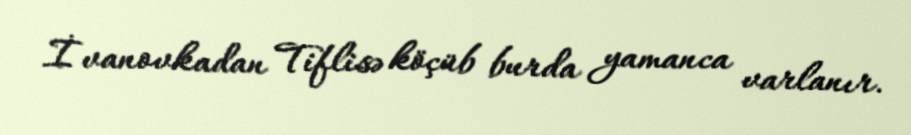
İvanovkadan Tiflisə köçüb burda yamanca varlanır.